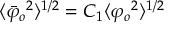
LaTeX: \langle { \bar { \varphi } _ { o } } ^ { ~ 2 } \rangle ^ { 1 / 2 } = C _ { 1 } \langle { \varphi _ { o } } ^ { 2 } \rangle ^ { 1 / 2 }